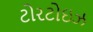
ટોરટોઇઝ